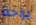
براحة